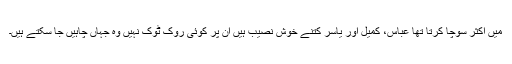
میں اکثر سوچا کرتا تھا عباس، کمیل اور یاسر کتنے خوش نصیب ہیں ان پر کوئی روک ٹوک نہیں وہ جہاں چاہیں جا سکتے ہیں۔